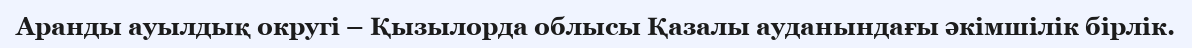
Аранды ауылдық округі – Қызылорда облысы Қазалы ауданындағы әкімшілік бірлік.